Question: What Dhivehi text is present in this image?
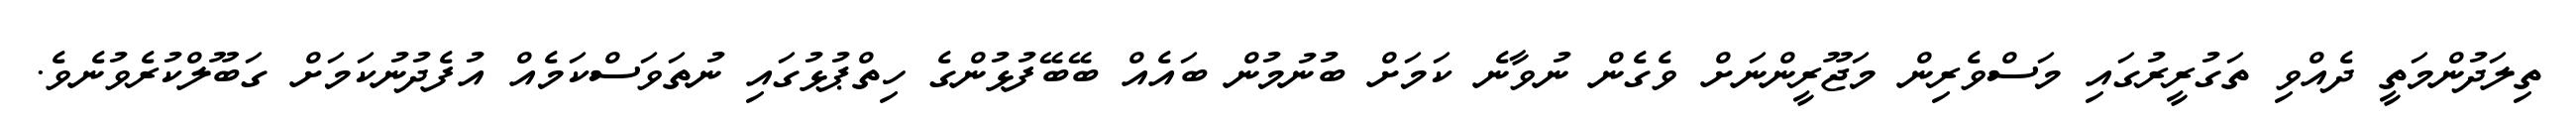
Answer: ތިލަދުންމަތީ ދެއްވި ތަގުރީރުގައި މަސްވެރިން މަޖޫރީންނަށް ވެގެން ނުވާނެ ކަމަށް ބުނުމުން ބައެއް ބޭބޭފުޅުންގެ ހިތްޕުޅުގައި ނުތަވަސްކަމެއް އުފެދުނުކަމަށް ގަބޫލްކުރެވުނެވެ.